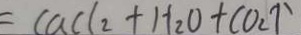
= C a C l _ { 2 } + H _ { 2 } O + C O _ { 2 } \uparrow